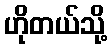
ဟိုတယ်သို့